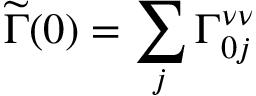
\widetilde \Gamma ( 0 ) = \sum _ { j } \Gamma _ { 0 j } ^ { \nu \nu }